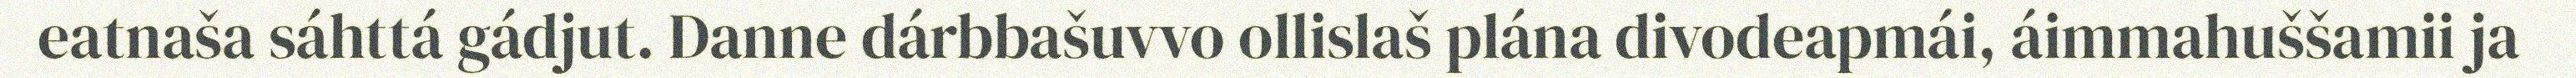
eatnaša sáhttá gádjut. Danne dárbbašuvvo ollislaš plána divodeapmái, áimmahuššamii ja